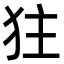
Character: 㹥